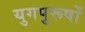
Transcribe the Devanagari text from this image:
युगपुरूषों